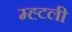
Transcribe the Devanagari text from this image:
म्ह्टली